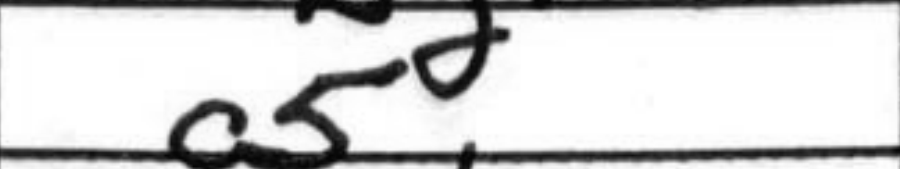
Transcription: c5